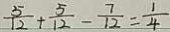
\frac { 5 } { 1 2 } + \frac { 5 } { 1 2 } - \frac { 7 } { 1 2 } = \frac { 1 } { 4 }